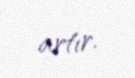
artır.